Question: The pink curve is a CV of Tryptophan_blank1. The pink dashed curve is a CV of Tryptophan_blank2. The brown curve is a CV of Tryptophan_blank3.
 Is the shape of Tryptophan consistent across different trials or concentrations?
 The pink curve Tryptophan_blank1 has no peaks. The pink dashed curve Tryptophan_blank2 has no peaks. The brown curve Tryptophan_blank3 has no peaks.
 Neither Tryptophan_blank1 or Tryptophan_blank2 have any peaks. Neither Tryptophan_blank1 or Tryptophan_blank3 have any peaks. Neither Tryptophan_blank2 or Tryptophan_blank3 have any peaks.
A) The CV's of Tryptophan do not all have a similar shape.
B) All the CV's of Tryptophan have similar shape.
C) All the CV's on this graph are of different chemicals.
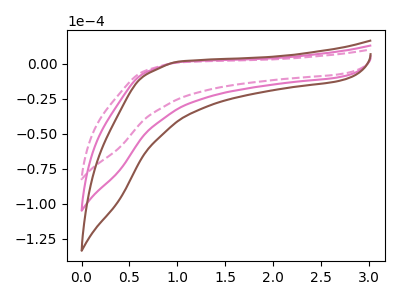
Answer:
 <answer>B) All the CV's of "Tryptophan" have similar shape.</answer>
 <eval>B</eval>